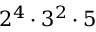
2 ^ { 4 } \cdot 3 ^ { 2 } \cdot 5